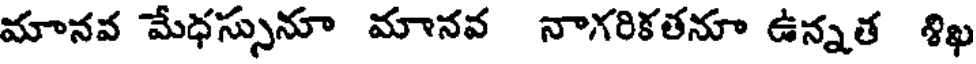
మానవ మేధస్సునూ మానవ నాగరికతనూ ఉన్నత శిఖ